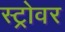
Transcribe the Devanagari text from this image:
स्ट्रोवर